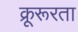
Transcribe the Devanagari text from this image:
क्रूरूरता